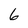
Character: 6